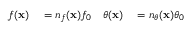
\begin{array} { r l r l } { f ( \mathbf { x } ) } & { { } = n _ { f } ( \mathbf { x } ) f _ { 0 } } & { \theta ( \mathbf { x } ) } & { { } = n _ { \theta } ( \mathbf { x } ) \theta _ { 0 } } \end{array}